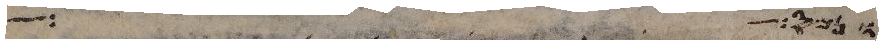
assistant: ונמס